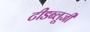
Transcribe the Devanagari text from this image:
टीडब्लूजी